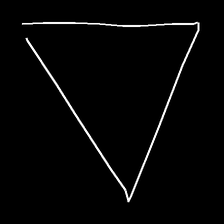
Glyph: convergence